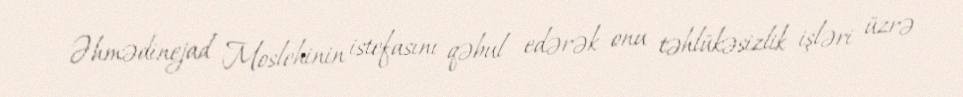
Əhmədinejad Moslehinin istefasını qəbul edərək onu təhlükəsizlik işləri üzrə